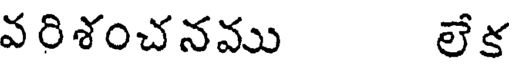
వరిశంచనము లేక